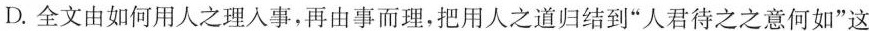
D.全文由如何用人之理人事，再由事而理，把用人之道归结到“人君待之之意何如”这